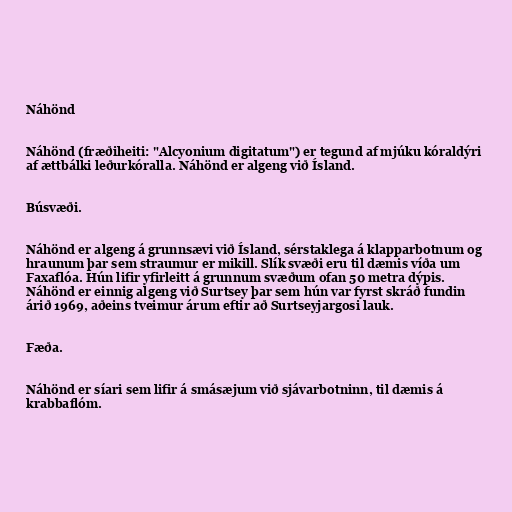
Náhönd

Náhönd (fræðiheiti: "Alcyonium digitatum") er tegund af mjúku kóraldýri
af ættbálki leðurkóralla. Náhönd er algeng við Ísland.

Búsvæði.

Náhönd er algeng á grunnsævi við Ísland, sérstaklega á klapparbotnum og
hraunum þar sem straumur er mikill. Slík svæði eru til dæmis víða um
Faxaflóa. Hún lifir yfirleitt á grunnum svæðum ofan 50 metra dýpis.
Náhönd er einnig algeng við Surtsey þar sem hún var fyrst skráð fundin
árið 1969, aðeins tveimur árum eftir að Surtseyjargosi lauk.

Fæða.

Náhönd er síari sem lifir á smásæjum við sjávarbotninn, til dæmis á
krabbaflóm.